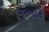
ફરનાર